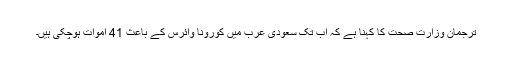
ترجمان وزارت صحت کا کہنا ہے کہ اب تک سعودی عرب میں کورونا وائرس کے باعث 41 اموات ہوچکی ہیں۔